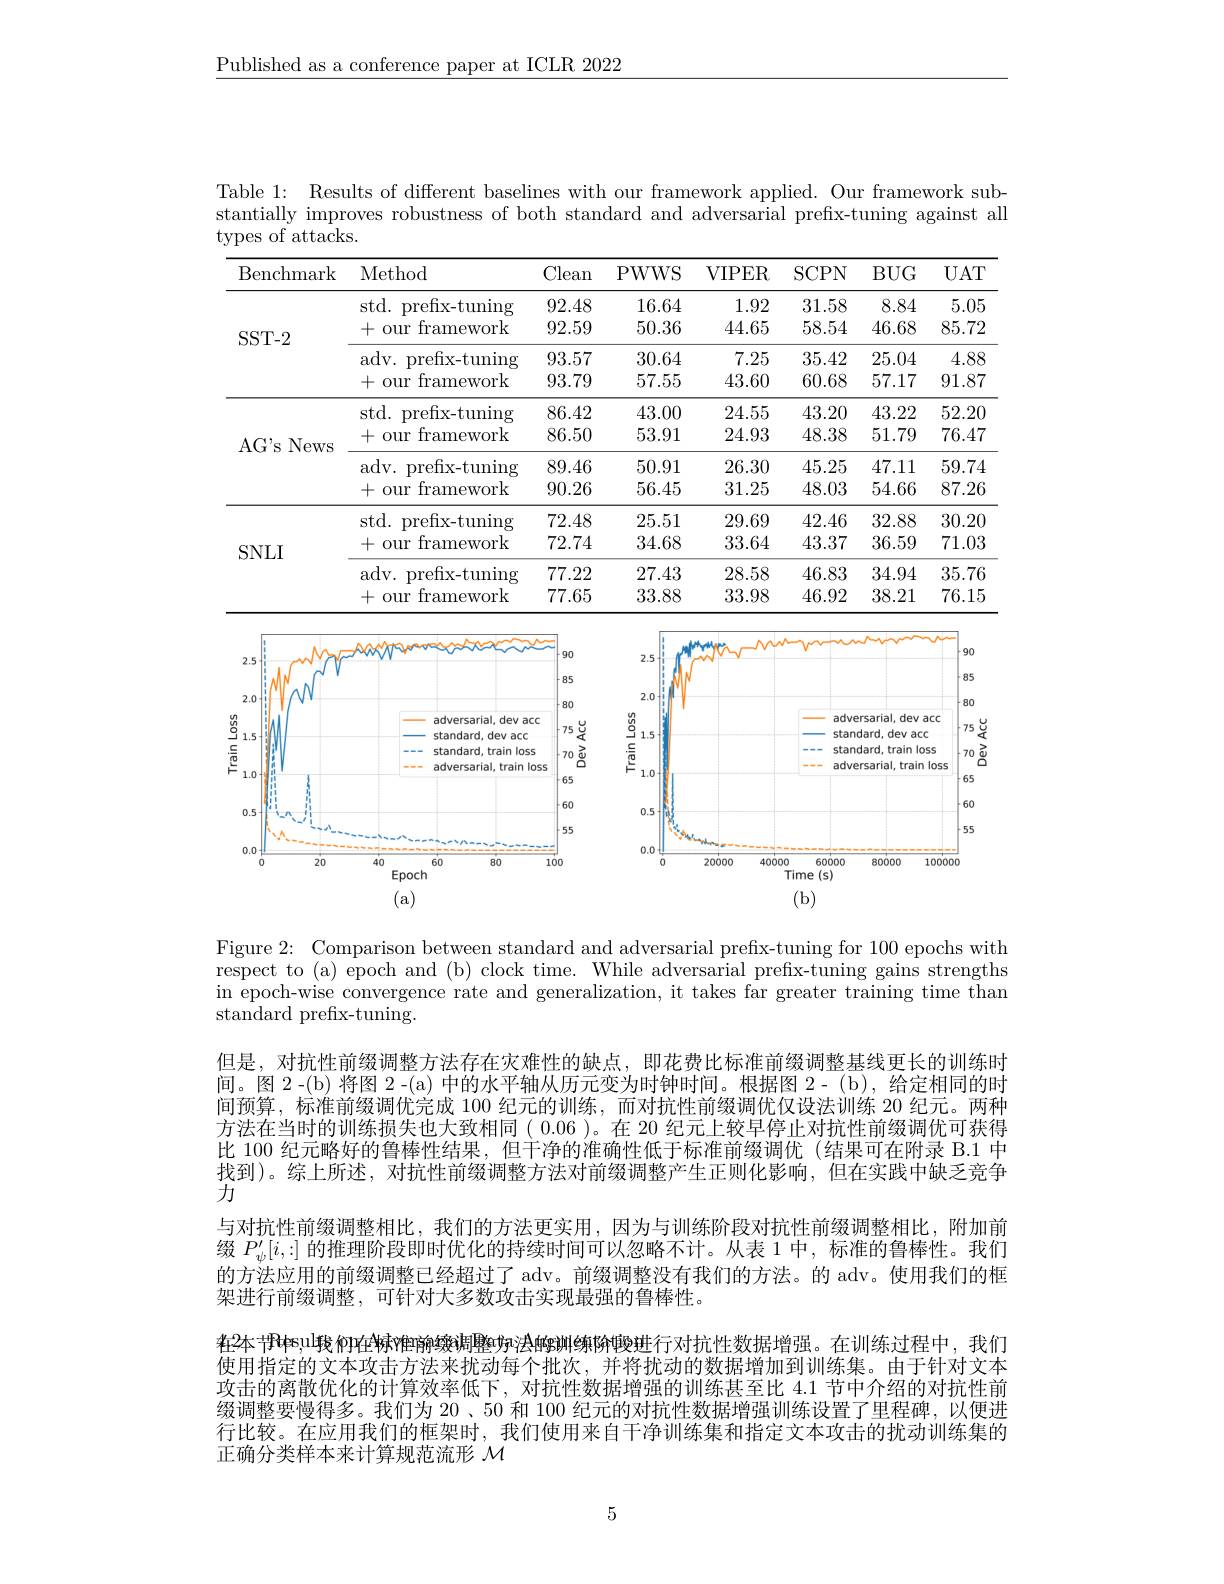
$\underline{\text{Published as a conference paper at ICLR 2022}}$

Table 1: Results of different baselines with our framework applied. Our framework substantially improves robustness of both standard and adversarial prefix-tuning against all types of attacks.

<table>
	<tbody>
		<tr>
			<th>Benchmark</th>
			<th>Method</th>
			<th>Clean</th>
			<th>PWWS</th>
			<th>VIPER</th>
			<th>$SCPN$</th>
			<th>$BUG$</th>
			<th>$UAT$</th>
		</tr>
		<tr>
			<td rowspan="4">SST- 2</td>
			<td>$std.$ prefix-tuning</td>
			<td>92.48</td>
			<td>16.64</td>
			<td>1.92</td>
			<td>31.58</td>
			<td>8.84</td>
			<td>5.05</td>
		</tr>
		<tr>
			<td>+our framework</td>
			<td>92.59</td>
			<td>50.36</td>
			<td>44.65</td>
			<td>58.54</td>
			<td>46.68</td>
			<td>85.72</td>
		</tr>
		<tr>
			<td>$\operatorname{adv.~p}$ prefix-tuning</td>
			<td>93.57</td>
			<td>30.64</td>
			<td>7.25</td>
			<td>35.42</td>
			<td>25.04</td>
			<td>4.88</td>
		</tr>
		<tr>
			<td>十 our framework 1</td>
			<td>93.79</td>
			<td>57.55</td>
			<td>43.60</td>
			<td>60.68</td>
			<td>57.17</td>
			<td>91.87</td>
		</tr>
		<tr>
			<td rowspan="4">A$G^{\prime }$s News</td>
			<td>$std.$ prefix-tuning</td>
			<td>86.42</td>
			<td>43.00</td>
			<td>24.55</td>
			<td>43.20</td>
			<td>43.22</td>
			<td>52.20</td>
		</tr>
		<tr>
			<td>十 $0ur$ framework T</td>
			<td>86.50</td>
			<td>53.91</td>
			<td>24.93</td>
			<td>48.38</td>
			<td>51.79</td>
			<td>76.47</td>
		</tr>
		<tr>
			<td>adv. p prefix-tuning</td>
			<td>89.46</td>
			<td>50.91</td>
			<td>26.30</td>
			<td>45.25</td>
			<td>47.11</td>
			<td>59.74</td>
		</tr>
		<tr>
			<td>十 Our framework</td>
			<td>90.26</td>
			<td>56.45</td>
			<td>31.25</td>
			<td>48.03</td>
			<td>54.66</td>
			<td>87.26</td>
		</tr>
		<tr>
			<td rowspan="4">$SNLI$</td>
			<td>$std.$ prefix-tuning</td>
			<td>72.48</td>
			<td>25.51</td>
			<td>29.69</td>
			<td>42.46</td>
			<td>32.88</td>
			<td>30.20</td>
		</tr>
		<tr>
			<td>+our framework</td>
			<td>72.74</td>
			<td>34.68</td>
			<td>33.64</td>
			<td>43.37</td>
			<td>36.59</td>
			<td>71.03</td>
		</tr>
		<tr>
			<td>adv. p prefix-tuning</td>
			<td>77.22</td>
			<td>27.43</td>
			<td>28.58</td>
			<td>46.83</td>
			<td>34.94</td>
			<td>35.76</td>
		</tr>
		<tr>
			<td>+our framework</td>
			<td>77.65</td>
			<td>33.88</td>
			<td>33.98</td>
			<td>46.92</td>
			<td>38.21</td>
			<td>76.15</td>
		</tr>
	</tbody>
</table>

<FigureHere>

Figure 2: Comparison between standard and adversarial prefix-tuning for 100 epochs with respect to (a) epoch and (b) clock time. While adversarial prefix-tuning gains strengths in epoch-wise convergence rate and generalization, it takes far greater training time than ${\tilde{\text{standard prefix-tuning}}}.$

但是，对抗性前缀调整方法存在灾难性的缺点，即花费比标准前缀调整基线更长的训练时间。图 2-(b) 将图 2 -(a) 中的水平轴从历元变为时钟时间。根据图 2- (b), 给定相同的时间预算，标准前缀调优完成 100 纪元的训练，而对抗性前缀调优仅设法训练 20 纪元。两种方法在当时的训练损失也大致相同(0.06)。在 20 纪元上较早停止对抗性前缀调优可获得比 100 纪元略好的鲁棒性结果，但干净的准确性低于标准前缀调优(结果可在附录 B.1 中找到)。综上所述，对抗性前缀调整方法对前缀调整产生正则化影响，但在实践中缺乏竞争力
与对抗性前缀调整相比，我们的方法更实用，因为与训练阶段对抗性前缀调整相比，附加前缀$P_\psi^{\prime}[i,:]$的推理阶段即时优化的持续时间可以忽略不计。从表 1 中，标准的鲁棒性。我们的方法应用的前缀调整已经超过了 adv。前缀调整没有我们的方法。的 adv。使用我们的框架进行前缀调整，可针对大多数攻击实现最强的鲁棒性。
在2本节Rtes，ul我们在特冲弹缭调整叻浊鹕洲缭阶鳗进行对抗性数据增强。在训练过程中，我们使用指定的文本攻击方法来扰动每个批次，并将扰动的数据增加到训练集。由于针对文本攻击的离散优化的计算效率低下，对抗性数据增强的训练甚至比4.1节中介绍的对抗性前缀调整要慢得多。我们为 20、50 和 100 纪元的对抗性数据增强训练设置了里程碑，以便进行比较。在应用我们的框架时，我们使用来自干净训练集和指定文本攻击的扰动训练集的正确分类样本来计算规范流形$\mathcal{M}$

5